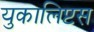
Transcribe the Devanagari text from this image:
युकालिप्टस